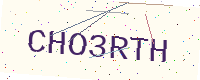
Text: CHO3RTH